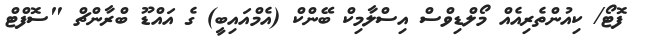
ފޮޓޯ/ ކިއުންތެރިއެއް މޯލްޑިވްސް އިސްލާމިކް ބޭންކް (އެމްއައިބީ) ގެ އައްޑޫ ބްރާންޗް "ސޮފްޓް